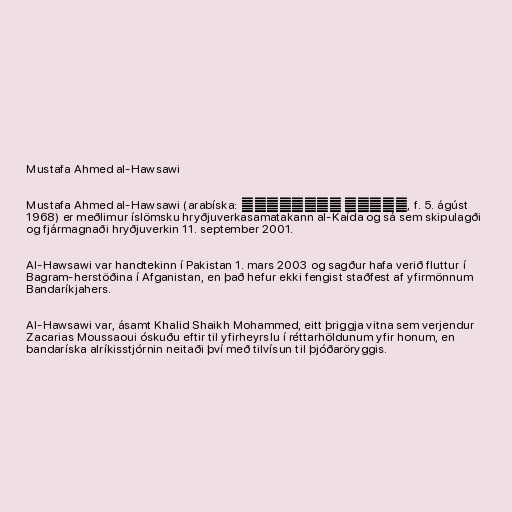
Mustafa Ahmed al-Hawsawi

Mustafa Ahmed al-Hawsawi (arabíska: مصطفى الحوساوي, f. 5. ágúst
1968) er meðlimur íslömsku hryðjuverkasamatakann al-Kaída og sá sem skipulagði
og fjármagnaði hryðjuverkin 11. september 2001.

Al-Hawsawi var handtekinn í Pakistan 1. mars 2003 og sagður hafa verið fluttur í
Bagram-herstöðina í Afganistan, en það hefur ekki fengist staðfest af yfirmönnum
Bandaríkjahers.

Al-Hawsawi var, ásamt Khalid Shaikh Mohammed, eitt þriggja vitna sem verjendur
Zacarias Moussaoui óskuðu eftir til yfirheyrslu í réttarhöldunum yfir honum, en
bandaríska alríkisstjórnin neitaði því með tilvísun til þjóðaröryggis.